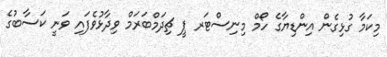
މިކަމާ ގުޅިގެން އިންޑިޔާގެ ހޯމް މިނިސްޓަރ ޕީ ޗިދަމްބަރަމް ވިދާޅުވެފައި ވަނީ ކަސާބުގެ